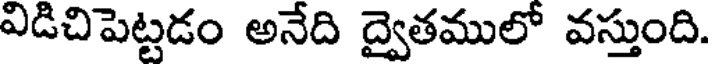
విడిచిపెట్టడం అనేది ద్వైతములో వస్తుంది.